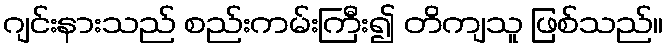
ဂျင်းနားသည် စည်းကမ်းကြီး၍ တိကျသူ ဖြစ်သည်။